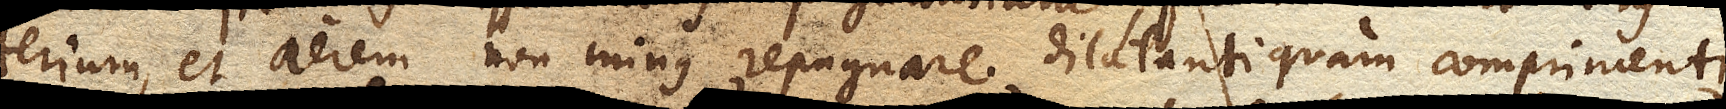
terium , et aerem non minus repugnare dilatanti quam comprimenti